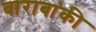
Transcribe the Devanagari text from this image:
बाराबांकी